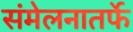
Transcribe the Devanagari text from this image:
संमेलनातर्फे